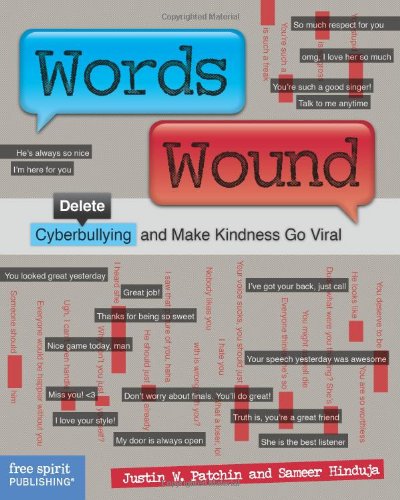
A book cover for Words Wound: Delete Cyberbullying and Make Kindness Go Viral; Justin W. Patchin; Teen & Young Adult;